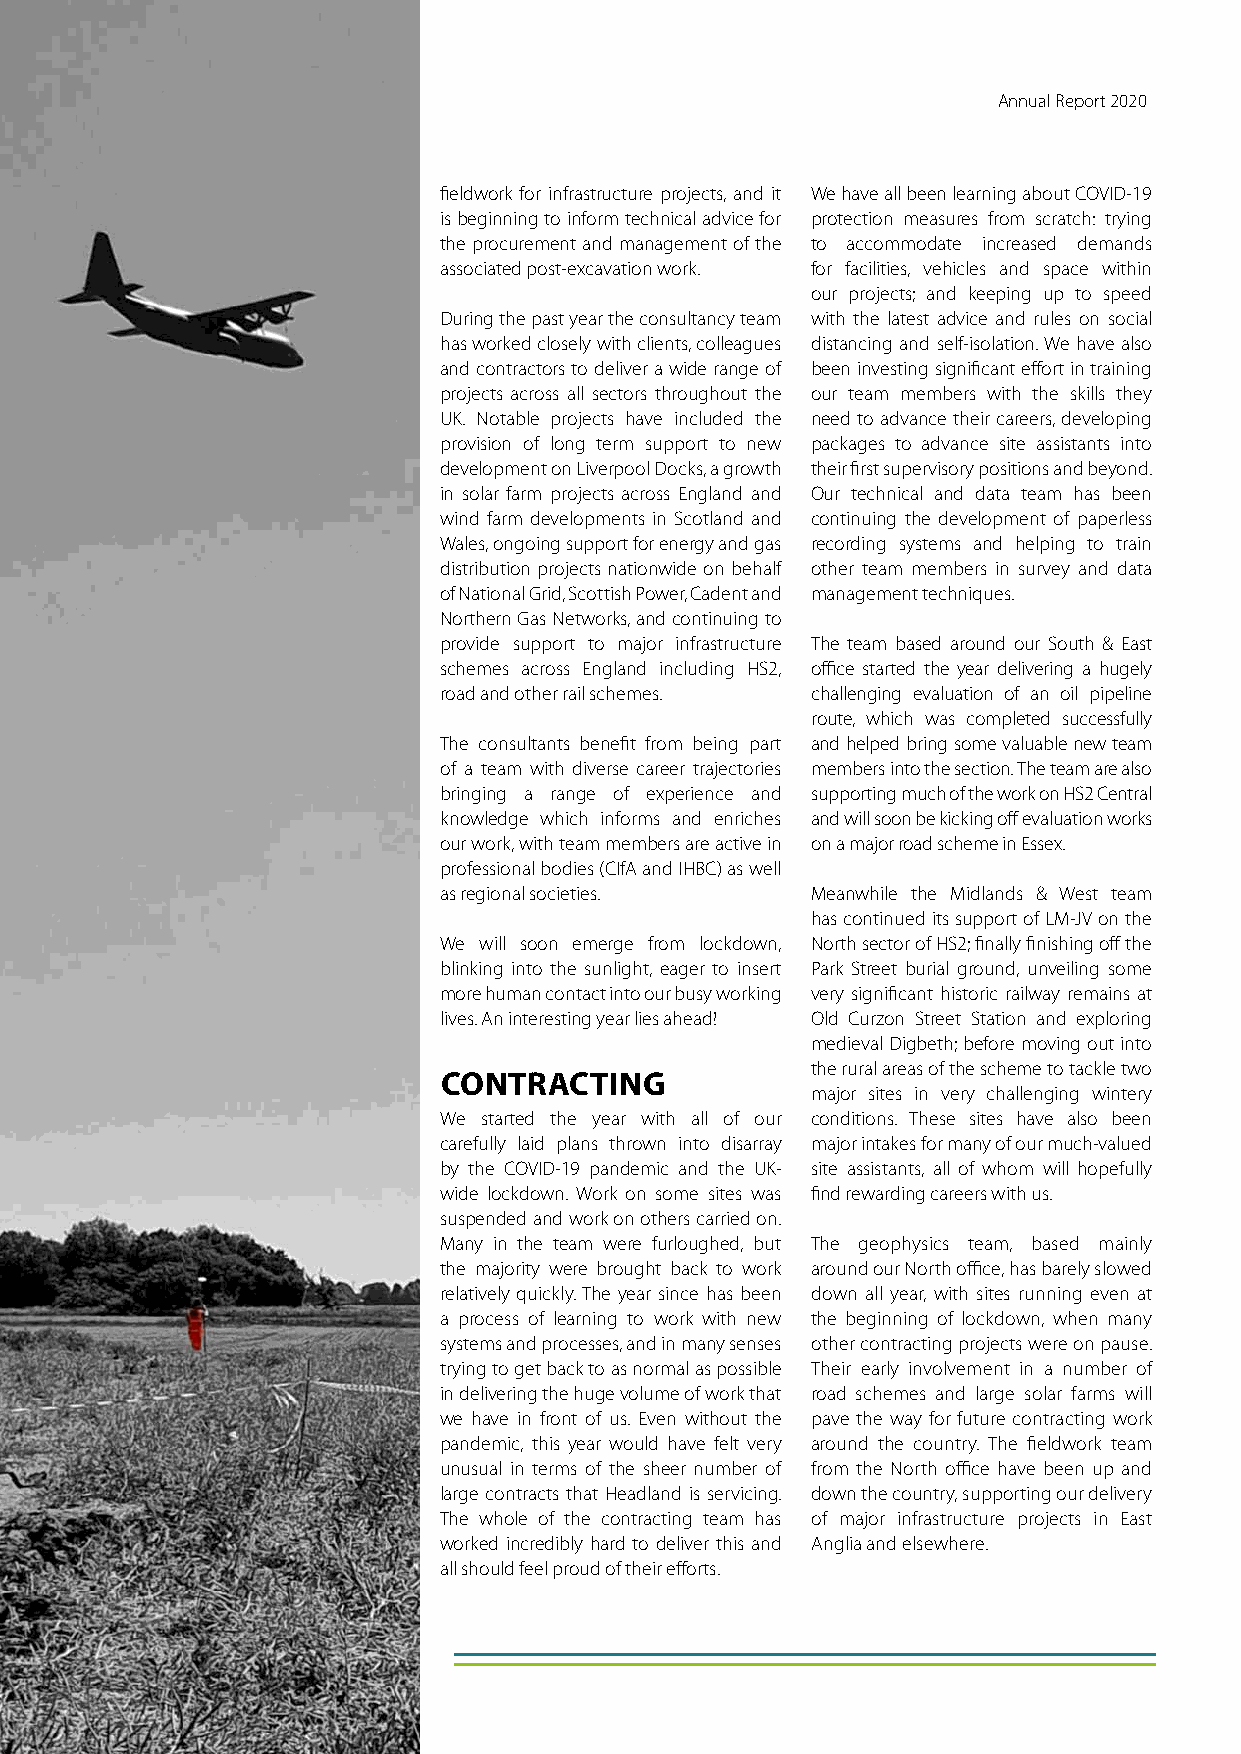
Annual Report 2020
 fieldwork for infrastructure projects, and it We have all been learning about COVID-19
 is beginning to inform technical advice for protection measures from scratch: trying
 the procurement and management of the to accommodate increased demands
 associated post-excavation work. for facilities, vehicles and space within
 our projects; and keeping up to speed
 During the past year the consultancy team with the latest advice and rules on social
 has worked closely with clients, colleagues distancing and self-isolation. We have also
 and contractors to deliver a wide range of been investing significant effort in training
 projects across all sectors throughout the our team members with the skills they
 UK. Notable projects have included the need to advance their careers, developing
 provision of long term support to new packages to advance site assistants into
 development on Liverpool Docks, a growth their first supervisory positions and beyond.
 in solar farm projects across England and Our technical and data team has been
 wind farm developments in Scotland and continuing the development of paperless
 Wales, ongoing support for energy and gas recording systems and helping to train
 distribution projects nationwide on behalf other team members in survey and data
 of National Grid, Scottish Power, Cadent and management techniques.
 Northern Gas Networks, and continuing to
 provide support to major infrastructure The team based around our South & East
 schemes across England including HS2, office started the year delivering a hugely
 road and other rail schemes. challenging evaluation of an oil pipeline
 route, which was completed successfully
 The consultants benefit from being part and helped bring some valuable new team
 of a team with diverse career trajectories members into the section. The team are also
 bringing a range of experience and supporting much of the work on HS2 Central
 knowledge which informs and enriches and will soon be kicking off evaluation works
 our work, with team members are active in on a major road scheme in Essex.
 professional bodies (CIfA and IHBC) as well
 as regional societies.   Meanwhile the Midlands & West team
 has continued its support of LM-JV on the
 We will soon emerge from lockdown, North sector of HS2; finally finishing off the
 blinking into the sunlight, eager to insert Park Street burial ground, unveiling some
 more human contact into our busy working very significant historic railway remains at
 lives. An interesting year lies ahead! Old Curzon Street Station and exploring
 medieval Digbeth; before moving out into
 the rural areas of the scheme to tackle two
 CONTRACTING
 major sites in very challenging wintery
 We started the year with all of our conditions. These sites have also been
 carefully laid plans thrown into disarray major intakes for many of our much-valued
 by the COVID-19 pandemic and the UK- site assistants, all of whom will hopefully
 wide lockdown. Work on some sites was find rewarding careers with us.
 suspended and work on others carried on.
 Many in the team were furloughed, but The geophysics team, based mainly
 the majority were brought back to work around our North office, has barely slowed
 relatively quickly. The year since has been down all year, with sites running even at
 a process of learning to work with new the beginning of lockdown, when many
 systems and processes, and in many senses other contracting projects were on pause.
 trying to get back to as normal as possible Their early involvement in a number of
 in delivering the huge volume of work that road schemes and large solar farms will
 we have in front of us. Even without the pave the way for future contracting work
 pandemic, this year would have felt very around the country. The fieldwork team
 unusual in terms of the sheer number of from the North office have been up and
 large contracts that Headland is servicing. down the country, supporting our delivery
 The whole of the contracting team has of major infrastructure projects in East
 worked incredibly hard to deliver this and Anglia and elsewhere.
 all should feel proud of their efforts.